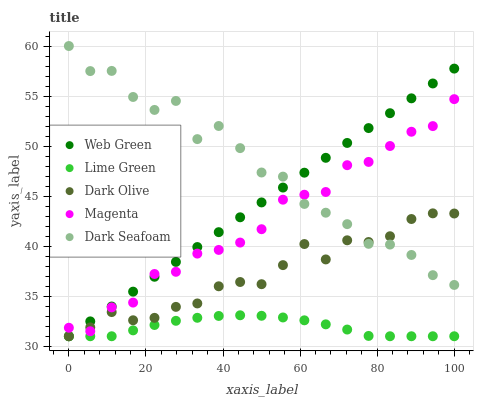
| xaxis_label | Web Green | Lime Green | Dark Olive | Magenta | Dark Seafoam |
 | --- | --- | --- | --- | --- | --- |
 | 0 | 31 | 31 | 31 | 31.8 | 60 |
 | 5.56 | 32.5 | 31 | 31.9 | 31.5 | 57.5 |
 | 11.1 | 34 | 31 | 33.4 | 33.9 | 57.5 |
 | 16.7 | 35.5 | 31.6 | 32.6 | 34.4 | 54.9 |
 | 22.2 | 36.9 | 32.1 | 32.8 | 37.2 | 53.6 |
 | 27.8 | 38.4 | 32.5 | 33.9 | 37.4 | 54.5 |
 | 33.3 | 39.9 | 32.8 | 34.3 | 39.3 | 50.7 |
 | 38.9 | 41.4 | 33 | 36 | 39.6 | 52 |
 | 44.4 | 42.9 | 33.1 | 36.4 | 40.4 | 49.8 |
 | 50 | 44.4 | 33 | 36.2 | 41.7 | 47.4 |
 | 55.6 | 45.9 | 32.9 | 38.1 | 44.6 | 46.9 |
 | 61.1 | 47.3 | 32.6 | 40.2 | 45.1 | 44.2 |
 | 66.7 | 48.8 | 32.2 | 38.7 | 45.4 | 43.3 |
 | 72.2 | 50.3 | 31.7 | 40.6 | 48.1 | 42.2 |
 | 77.8 | 51.8 | 31 | 40.4 | 48.4 | 40.2 |
 | 83.3 | 53.3 | 31 | 41 | 50 | 40.2 |
 | 88.9 | 54.8 | 31 | 42.7 | 51.4 | 39.1 |
 | 94.4 | 56.3 | 31 | 43.3 | 52 | 37.1 |
 | 100 | 57.7 | 31 | 43.3 | 54.7 | 36.1 |